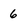
Character: 6